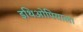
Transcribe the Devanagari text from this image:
इथिओपियाला